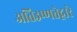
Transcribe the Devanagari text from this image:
अतिउष्णतेद्वारे